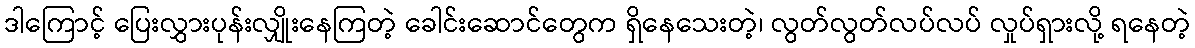
ဒါကြောင့် ပြေးလွှားပုန်းလျှိုးနေကြတဲ့ ခေါင်းဆောင်တွေက ရှိနေသေးတဲ့၊ လွတ်လွတ်လပ်လပ် လှုပ်ရှားလို့ ရနေတဲ့